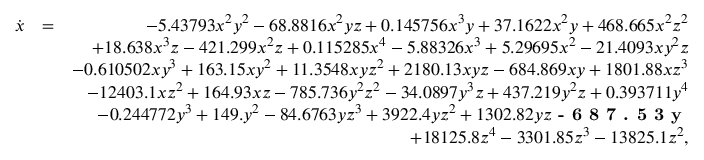
\begin{array} { r l r } { \dot { x } } & { = } & { - 5 . 4 3 7 9 3 x ^ { 2 } y ^ { 2 } - 6 8 . 8 8 1 6 x ^ { 2 } y z + 0 . 1 4 5 7 5 6 x ^ { 3 } y + 3 7 . 1 6 2 2 x ^ { 2 } y + 4 6 8 . 6 6 5 x ^ { 2 } z ^ { 2 } } \\ & { } & { + 1 8 . 6 3 8 x ^ { 3 } z - 4 2 1 . 2 9 9 x ^ { 2 } z + 0 . 1 1 5 2 8 5 x ^ { 4 } - 5 . 8 8 3 2 6 x ^ { 3 } + 5 . 2 9 6 9 5 x ^ { 2 } - 2 1 . 4 0 9 3 x y ^ { 2 } z } \\ & { } & { - 0 . 6 1 0 5 0 2 x y ^ { 3 } + 1 6 3 . 1 5 x y ^ { 2 } + 1 1 . 3 5 4 8 x y z ^ { 2 } + 2 1 8 0 . 1 3 x y z - 6 8 4 . 8 6 9 x y + 1 8 0 1 . 8 8 x z ^ { 3 } } \\ & { } & { - 1 2 4 0 3 . 1 x z ^ { 2 } + 1 6 4 . 9 3 x z - 7 8 5 . 7 3 6 y ^ { 2 } z ^ { 2 } - 3 4 . 0 8 9 7 y ^ { 3 } z + 4 3 7 . 2 1 9 y ^ { 2 } z + 0 . 3 9 3 7 1 1 y ^ { 4 } } \\ & { } & { - 0 . 2 4 4 7 7 2 y ^ { 3 } + 1 4 9 . y ^ { 2 } - 8 4 . 6 7 6 3 y z ^ { 3 } + 3 9 2 2 . 4 y z ^ { 2 } + 1 3 0 2 . 8 2 y z \textbf { - 6 8 7 . 5 3 y } } \\ & { } & { + 1 8 1 2 5 . 8 z ^ { 4 } - 3 3 0 1 . 8 5 z ^ { 3 } - 1 3 8 2 5 . 1 z ^ { 2 } , } \end{array}